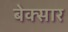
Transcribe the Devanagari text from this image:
बेक्सार